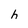
Character: h